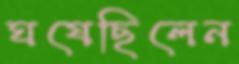
ঘষেছিলেন